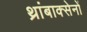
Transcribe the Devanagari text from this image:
थ्रांबाक्सेनों